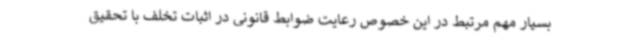
بسیار مهم مرتبط در این خصوص رعایت ضوابط قانونی در اثبات تخلف با تحقیق